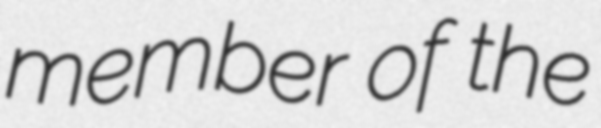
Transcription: member of the